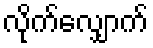
လိုက်လျှောက်